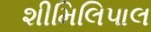
શીમિલિપાલ